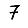
Digit: 7